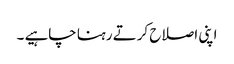
اپنی اصلاح کرتے رہنا چاہیے ۔